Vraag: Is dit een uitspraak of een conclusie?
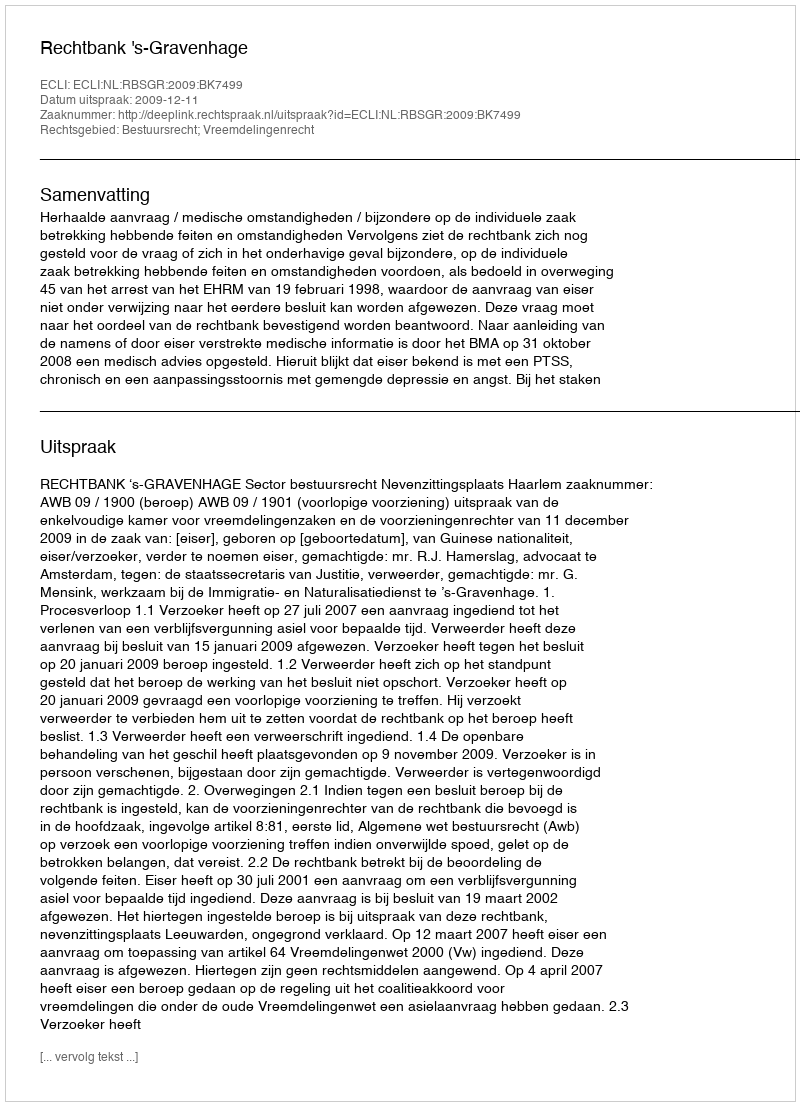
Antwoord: Uitspraak